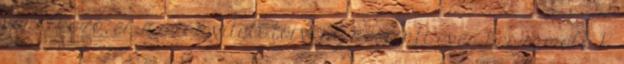
vonatkozó, és a számviteli törvény szerinti éves beszámoló K